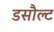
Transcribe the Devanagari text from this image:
डसौल्ट